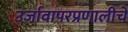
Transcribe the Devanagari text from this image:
उर्जावापरप्रणालीचे